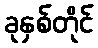
ခုနှစ်တိုင်